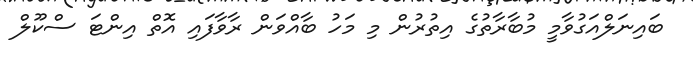
ބައިނަލްއަގުވާމީ މުބާރާތުގެ އިތުރުން މި މަހު ބާއްވަން ރާވާފައި އޮތް އިންޓަ ސްކޫލް